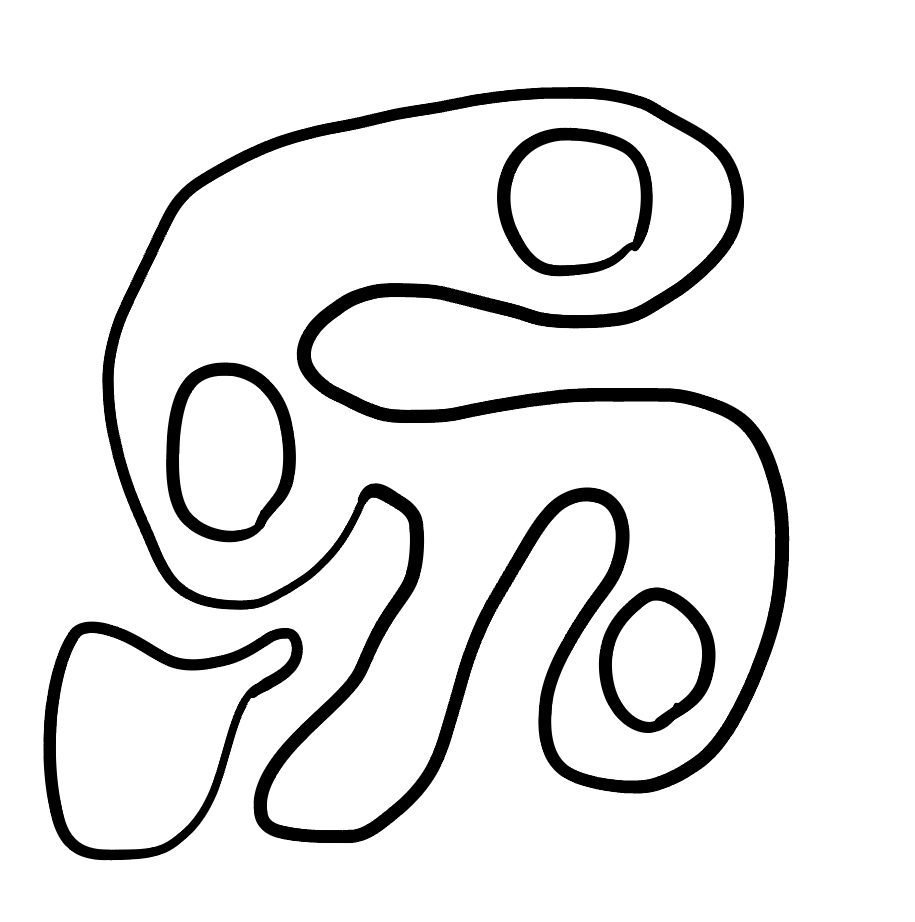
Number of regions (including the outer root region): 6
Containment tree edges (parent, child): 0, 1, 0, 2, 2, 3, 2, 4, 2, 5